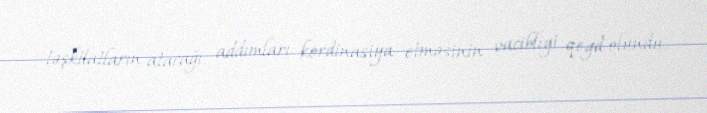
təşkilatların atacağı addımları kordinasiya etməsinin vacibliyi qeyd olundu.